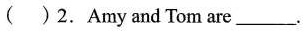
( ) 2. Amy and Tom are___.